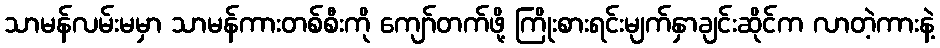
သာမန်လမ်းမမှာ သာမန်ကားတစ်စီးကို ကျော်တက်ဖို့ ကြိုးစားရင်းမျက်နှာချင်းဆိုင်က လာတဲ့ကားနဲ့